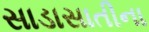
સાડાસાતીના